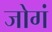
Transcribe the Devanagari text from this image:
जोगं